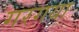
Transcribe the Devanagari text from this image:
गरगया